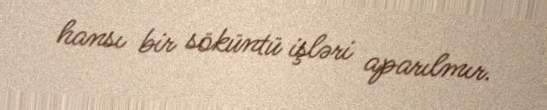
hansı bir söküntü işləri aparılmır.